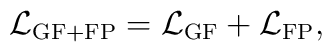
{\cal L}_{\rm GF+FP}={\cal L}_{\rm GF}+{\cal L}_{\rm FP},